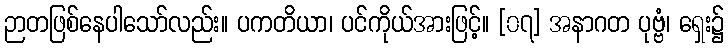
ဉာတဖြစ်နေပါသော်လည်း။ ပကတိယာ၊ ပင်ကိုယ်အားဖြင့်။ [၀၇] အနာဂတ ပုဗ္ဗံ၊ ရှေး၌